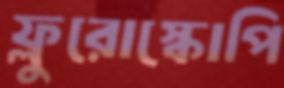
ফ্লুরোস্কোপি